Lunatic asylums Punjab 1881-1894 - 1881-1894
Year: 1881
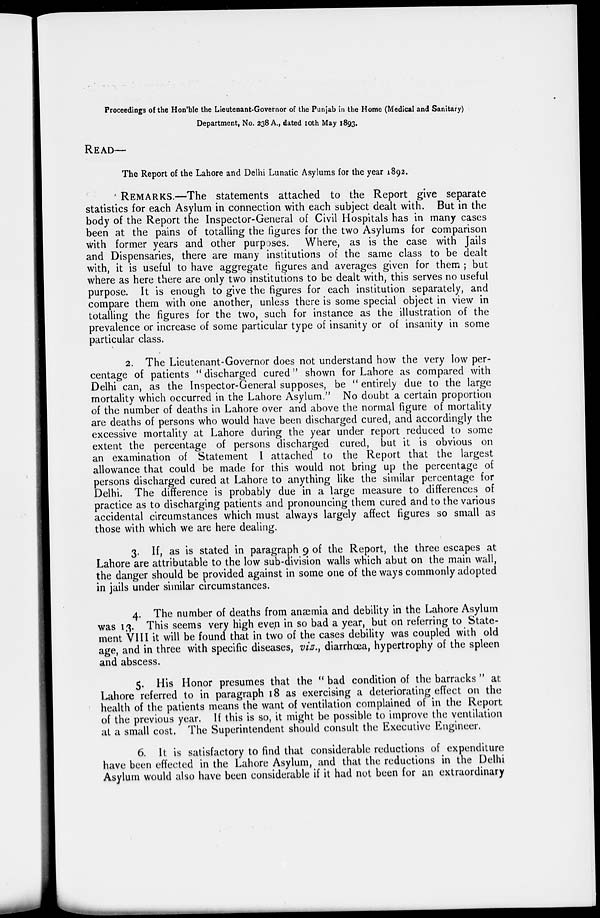
Proceedings of the Hon'ble the Lieutenant-Governor of the Punjab in the Home (Medical and Sanitary)
Department, No. 238 A., dated 10th May 1893.
READ—
The Report of the Lahore and Delhi Lunatic Asylums for the year 1892.
REMARKS.—The statements attached to the Report give separate
statistics for each Asylum in connection with each subject dealt with. But in the
body of the Report the Inspector-General of Civil Hospitals has in many cases
been at the pains of totalling the figures for the two Asylums for comparison
with former years and other purposes. Where, as is the case with Jails
and Dispensaries, there are many institutions of the same class to be dealt
with, it is useful to have aggregate figures and averages given for them ; but
where as here there are only two institutions to be dealt with, this serves no useful
purpose. It is enough to give the figures for each institution separately, and
compare them with one another, unless there is some special object in view in
totalling the figures for the two, such for instance as the illustration of the
prevalence or increase of some particular type of insanity or of insanity in some
particular class.
2. The Lieutenant-Governor does not understand how the very low per-
centage of patients " discharged cured" shown for Lahore as compared with
Delhi can, as the Inspector-General supposes, be " entirely due to the large
mortality which occurred in the Lahore Asylum." No doubt a certain proportion
of the number of deaths in Lahore over and above the normal figure of mortality
are deaths of persons who would have been discharged cured, and accordingly the
excessive mortality at Lahore during the year under report reduced to some
extent the percentage of persons discharged cured, but it is obvious on
an examination of Statement I attached to the Report that the largest
allowance that could be made for this would not bring up the percentage of
persons discharged cured at Lahore to anything like the similar percentage for
Delhi. The difference is probably due in a large measure to differences of
practice as to discharging patients and pronouncing them cured and to the various
accidental circumstances which must always largely affect figures so small as
those with which we are here dealing.
3. If, as is stated in paragraph 9 of the Report, the three escapes at
Lahore are attributable to the low sub-division walls which abut on the main wall,
the danger should be provided against in some one of the ways commonly adopted
in jails under similar circumstances.
4. The number of deaths from anæmia and debility in the Lahore Asylum
was 13. This seems very high even in so bad a year, but on referring to State-
ment VIII it will be found that in two of the cases debility was coupled with old
age, and in three with specific diseases, viz., diarrhœa, hypertrophy of the spleen
and abscess.
5. His Honor presumes that the " bad condition of the barracks " at
Lahore referred to in paragraph 18 as exercising a deteriorating effect on the
health of the patients means the want of ventilation complained of in the Report
of the previous year. If this is so, it might be possible to improve the ventilation
at a small cost. The Superintendent should consult the Executive Engineer.
6. It is satisfactory to find that considerable reductions of expenditure
have been effected in the Lahore Asylum, and that the reductions in the Delhi
Asylum would also have been considerable if it had not been for an extraordinary